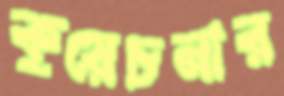
কুয়েচনার